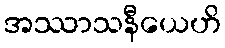
အဿာသနီယေဟိ